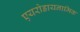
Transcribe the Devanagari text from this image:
एयरोडायनामिक